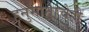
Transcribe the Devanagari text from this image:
हनुमानाचेही